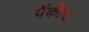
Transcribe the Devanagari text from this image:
पैकीच